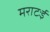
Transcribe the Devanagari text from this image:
मराटःई